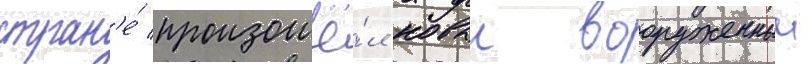
стран'е́ произошё́л новыи вооруженныи